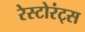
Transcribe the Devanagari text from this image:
रेस्टोरंट्स